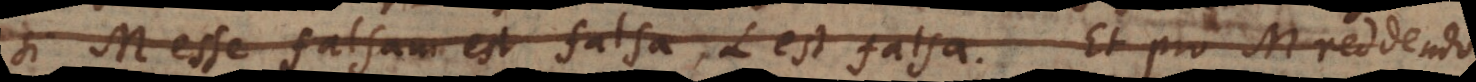
si M esse falsam est falsa, L est falsa. Et pro M reddendo